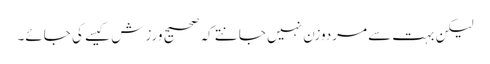
لیکن بہت سے مردوزن نہیں جانتے کہ صحیح ورزش کیسے کی جائے۔